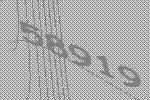
58919